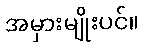
အမှားမျိုးပင်။